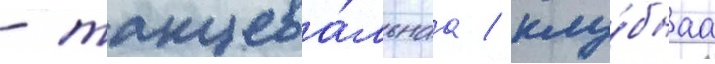
- танцева́льнаа / клу́бнаа